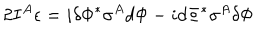
2 I ^ { A } \epsilon = i \delta \Phi ^ { * } \sigma ^ { A } d \Phi - i d \Phi ^ { * } \sigma ^ { A } \delta \Phi